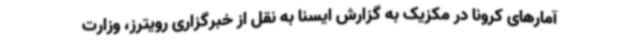
آمارهای کرونا در مکزیک به گزارش ایسنا به نقل از خبرگزاری رویترز، وزارت